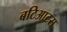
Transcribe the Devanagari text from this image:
बटिआटस